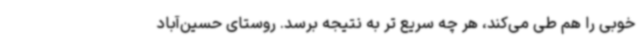
خوبی را هم طی می‌کند، هر چه سریع تر به نتیجه برسد. روستای حسین‌آباد